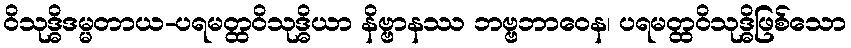
ဝိသုဒ္ဓိဒမ္မတာယ-ပရမတ္ထဝိသုဒ္ဓိယာ နိဗ္ဗာနဿ ဘဗ္ဗဘာဝေန၊ ပရမတ္ထဝိသုဒ္ဓိဖြစ်သော